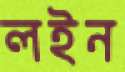
লইন